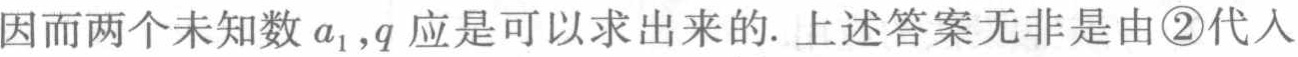
因而两个未知数\(a_{1},q\)应是可以求出来的. 上述答案无非是由\textcircled{2}代入